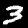
Digit: 3